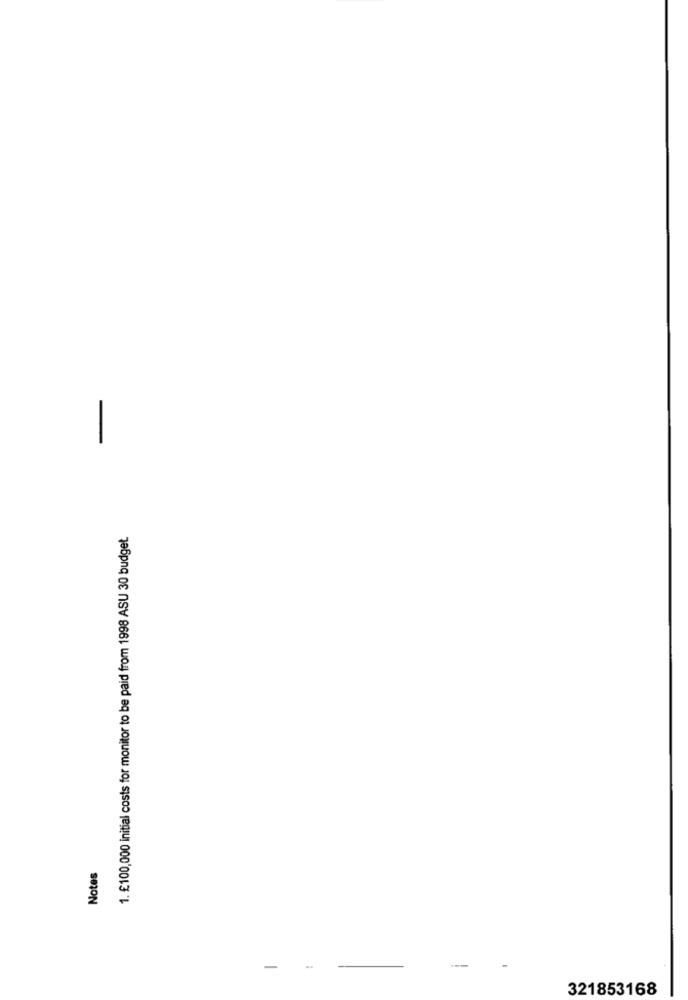
-
1. £100,000 initial costs for monitor to be paid from 1998 ASU 30 budget.
Notes
-
321853168